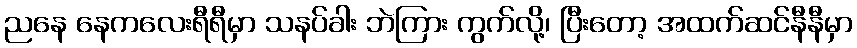
ညနေ နေကလေးရီရီမှာ သနပ်ခါး ဘဲကြား ကွက်လို့၊ ပြီးတော့ အထက်ဆင်နီနီမှာ